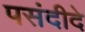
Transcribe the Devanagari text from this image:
पसंदीदे